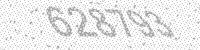
Solution: 628793